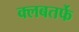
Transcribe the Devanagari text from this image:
क्लबतर्फे